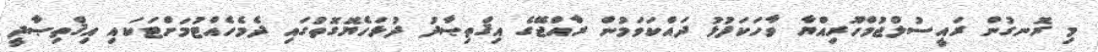
މި ރޮނގުން ރައީސުލްޖުމްހޫރިއްޔާ ވާހަކަފުޅު ދައްކަވަމުން ރާއްޖޭގެ އިޤްތިޞާދު ދުޅަހެޔޮގޮތުގައި ދެމެހެއްޓުމަށްޓަކައި އިޤްތިޞާދީ